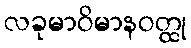
လခုမာဝိမာနဝတ္ထု